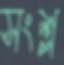
সংশ্ল